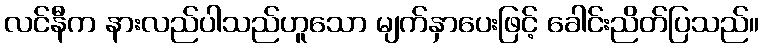
လင်နီက နားလည်ပါသည်ဟူသော မျက်နှာပေးဖြင့် ခေါင်းညိတ်ပြသည်။